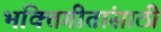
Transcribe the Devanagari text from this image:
भक्तिगीतांसाठी